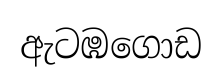
ඇටඹගොඩ